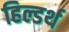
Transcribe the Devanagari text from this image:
हिल्डर्थ